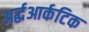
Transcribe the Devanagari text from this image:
अर्द्धआर्कटिक